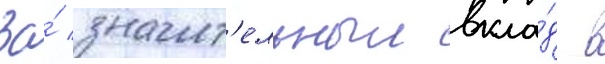
За́ значит'ельныи вкла́д в